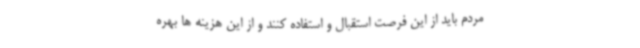
مردم باید از این فرصت استقبال و استفاده کنند و از این هزینه ها بهره